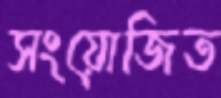
সংয়োজিত